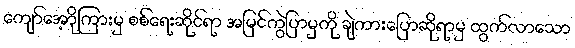
ကျော်အောို့ကြားမှ စစ်ရေးဆိုင်ရာ အမြင်ကွဲပြာမှကို ချဲကားပြောဆိုရာမှ ထွက်လာသော